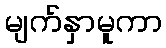
မျက်နှာမူကာ